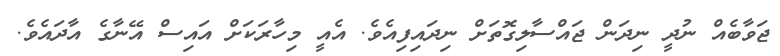
ޖަވާބެއް ނުދީ ނިދަން ޖައްސާލިގޮތަށް ނިދައިފިއެވެ. އެއީ މިހާރަކަށް އައިސް އޭނާގެ އާދައެވެ.